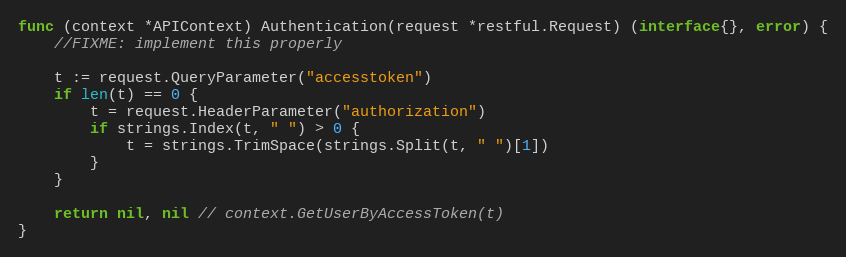
Language: Go
func (context *APIContext) Authentication(request *restful.Request) (interface{}, error) {
	//FIXME: implement this properly

	t := request.QueryParameter("accesstoken")
	if len(t) == 0 {
		t = request.HeaderParameter("authorization")
		if strings.Index(t, " ") > 0 {
			t = strings.TrimSpace(strings.Split(t, " ")[1])
		}
	}

	return nil, nil // context.GetUserByAccessToken(t)
}